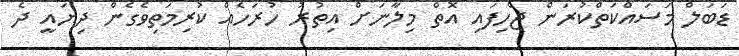
ޑަބަލް މަސައްކަތްކުރަން ޖެހިފައި އޮތް މިލާނަށް އިތުރު ހުރަހެއް ކުރިމަތިވެގެން ދިޔައީ ދެ